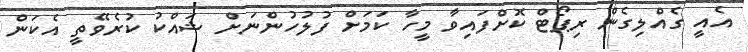
އެއީ ގެއްލިގެން ރިޕޯޓް ކޮށްފައިވާ މީހާ ކަމަށް ފުލުހުންނަށް ޝައްކު ކުރެވޭތީ އެކަން